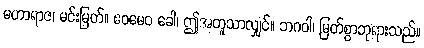
မဟာရာဇ၊ မင်းမြတ်။ ဧဝမေဝ ခေါ၊ ဤအတူသာလျှင်။ ဘဂဝါ၊ မြတ်စွာဘုရားသည်။